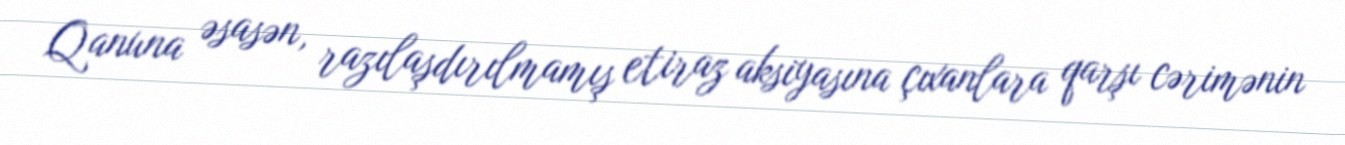
Qanuna əsasən, razılaşdırılmamış etiraz aksiyasına çıxanlara qarşı cərimənin